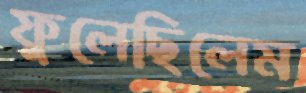
ফুলেছিলেম